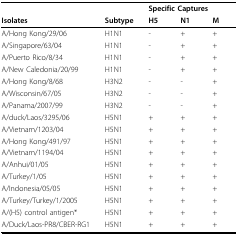
<table><thead><tr><td></td><td></td><td colspan="3"><b>Specific Captures</b></td></tr><tr><td><b>Isolates</b></td><td><b>Subtype</b></td><td><b>H5</b></td><td><b>N1</b></td><td><b>M</b></td></tr></thead><tbody><tr><td>A/Hong Kong/29/06</td><td>H1N1</td><td>-</td><td>+</td><td>+</td></tr><tr><td>A/Singapore/63/04</td><td>H1N1</td><td>-</td><td>+</td><td>+</td></tr><tr><td>A/Puerto Rico/8/34</td><td>H1N1</td><td>-</td><td>+</td><td>+</td></tr><tr><td>A/New Caledonia/20/99</td><td>H1N1</td><td>-</td><td>+</td><td>+</td></tr><tr><td>A/Hong Kong/8/68</td><td>H3N2</td><td>-</td><td>-</td><td>+</td></tr><tr><td>A/Wisconsin/67/05</td><td>H3N2</td><td>-</td><td>-</td><td>+</td></tr><tr><td>A/Panama/2007/99</td><td>H3N2</td><td>-</td><td>-</td><td>+</td></tr><tr><td>A/duck/Laos/3295/06</td><td>H5N1</td><td>+</td><td>+</td><td>+</td></tr><tr><td>A/Vietnam/1203/04</td><td>H5N1</td><td>+</td><td>+</td><td>+</td></tr><tr><td>A/Hong Kong/491/97</td><td>H5N1</td><td>+</td><td>+</td><td>+</td></tr><tr><td>A/Vietnam/1194/04</td><td>H5N1</td><td>+</td><td>+</td><td>+</td></tr><tr><td>A/Anhui/01/05</td><td>H5N1</td><td>+</td><td>+</td><td>+</td></tr><tr><td>A/Turkey/1/05</td><td>H5N1</td><td>+</td><td>+</td><td>+</td></tr><tr><td>A/Indonesia/05/05</td><td>H5N1</td><td>+</td><td>+</td><td>+</td></tr><tr><td>A/Turkey/Turkey/1/2005</td><td>H5N1</td><td>+</td><td>+</td><td>+</td></tr><tr><td>A/(H5) control antigen*</td><td>H5N1</td><td>+</td><td>+</td><td>+</td></tr><tr><td>A/Duck/Laos-PR8/CBER-RG1</td><td>H5N1</td><td>+</td><td>+</td><td>+</td></tr></tbody></table>